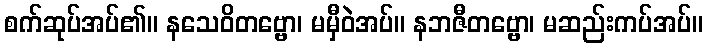
စက်ဆုပ်အပ်၏။ နသေဝိတဗ္ဗော၊ မမှီဝဲအပ်။ နဘဇီတဗ္ဗော၊ မဆည်းကပ်အပ်။